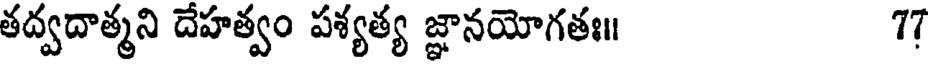
తద్వదాత్మని దేహత్వం పశ్యత్య జ్ఞానయోగతః॥ 77